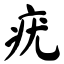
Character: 疣